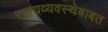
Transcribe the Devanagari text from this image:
राज्यव्यवस्थेबाबत